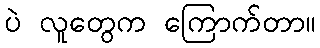
ပဲ လူတွေက ကြောက်တာ။